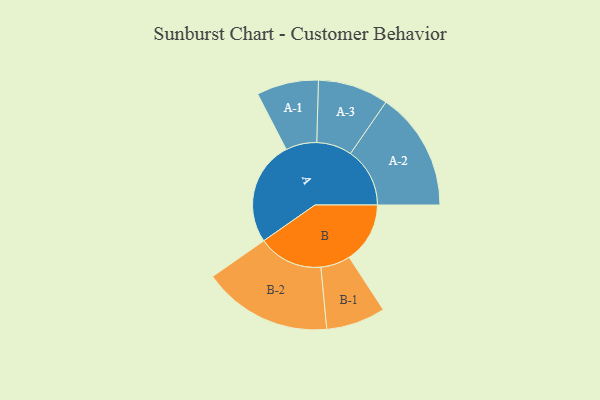
{"axis": {"x": "Segment", "y": "Value"}, "legend": ["", "A", "B"], "data": [{"x": "A", "y": 479, "type": ""}, {"x": "B", "y": 279, "type": ""}, {"x": "A-1", "y": 142, "type": "A"}, {"x": "A-2", "y": 272, "type": "A"}, {"x": "A-3", "y": 162, "type": "A"}, {"x": "B-1", "y": 136, "type": "B"}, {"x": "B-2", "y": 297, "type": "B"}]}